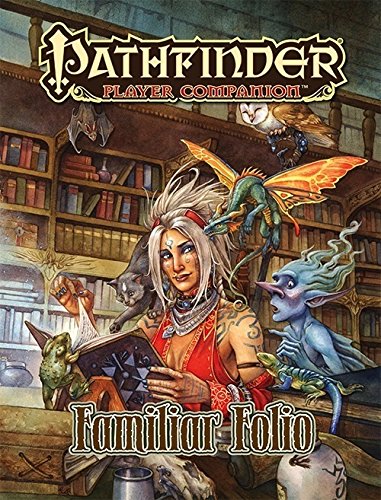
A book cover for Pathfinder Player Companion: Familiar Folio (Pathfinder Adventure Path); Paizo Publishing; Science Fiction & Fantasy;